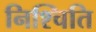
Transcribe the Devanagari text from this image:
निश्चिति